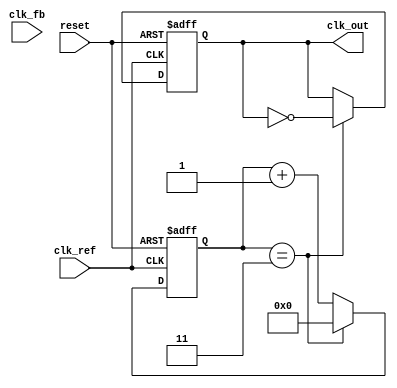
module cp_pll (
    input wire clk_ref,        // Reference clock input
    input wire clk_fb,         // Feedback clock input from VCO
    input wire reset,          // Asynchronous reset
    output reg clk_out         // Output clock from VCO
);

// Parameters
parameter CP_CURRENT = 1'b1; // Charge pump current (1 for UP, 0 for DOWN)
parameter DIV_RATIO = 4;      // Division ratio for feedback

// Internal signals
reg up_signal;
reg down_signal;
reg [7:0] loop_filter; // Loop filter output (control voltage)
reg [7:0] vco_freq;    // VCO frequency control
reg [3:0] counter;      // Frequency divider counter

// Phase Frequency Detector (PFD)
always @(posedge clk_ref or posedge reset) begin
    if (reset) begin
        up_signal <= 0;
        down_signal <= 0;
    end else begin
        if (clk_ref && !clk_fb) begin
            up_signal <= 1;   // Reference is ahead
            down_signal <= 0;
        end else if (!clk_ref && clk_fb) begin
            up_signal <= 0;
            down_signal <= 1; // Feedback is ahead
        end else begin
            up_signal <= 0;
            down_signal <= 0; // No phase difference
        end
    end
end

// Charge Pump (CP)
always @(posedge clk_ref or posedge reset) begin
    if (reset) begin
        loop_filter <= 8'b0;
    end else begin
        if (up_signal) begin
            loop_filter <= loop_filter + CP_CURRENT; // Charge
        end else if (down_signal) begin
            loop_filter <= loop_filter - CP_CURRENT; // Discharge
        end
    end
end

// Voltage-Controlled Oscillator (VCO)
always @(posedge clk_ref or posedge reset) begin
    if (reset) begin
        vco_freq <= 8'b0; // Reset VCO frequency
    end else begin
        vco_freq <= loop_filter; // VCO frequency controlled by loop filter
    end
end

// Frequency Divider
always @(posedge clk_ref or posedge reset) begin
    if (reset) begin
        counter <= 0;
        clk_out <= 0;
    end else begin
        if (counter == DIV_RATIO - 1) begin
            clk_out <= ~clk_out; // Toggle output clock
            counter <= 0; // Reset counter
        end else begin
            counter <= counter + 1; // Increment counter
        end
    end
end

endmodule